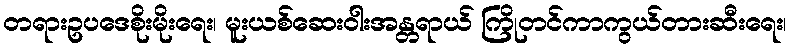
တရားဥပဒေစိုးမိုးရေး၊ မူးယစ်ဆေးဝါးအန္တရာယ် ကြိုတင်ကာကွယ်တားဆီးရေး၊